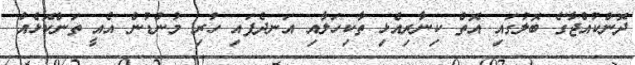
ދޮންކުއްޖާގެ ބޮލުގައި އޮތް ކިނާރިއެޅި ތާކިހަލާއި އަނދެފައި ހުުރި މުންޑުން އެއީ ތަންކޮޅެއް